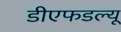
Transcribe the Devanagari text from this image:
डीएफडल्‍यू